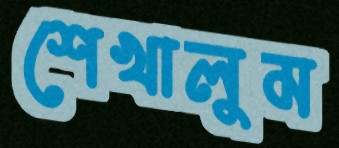
শেখালুম